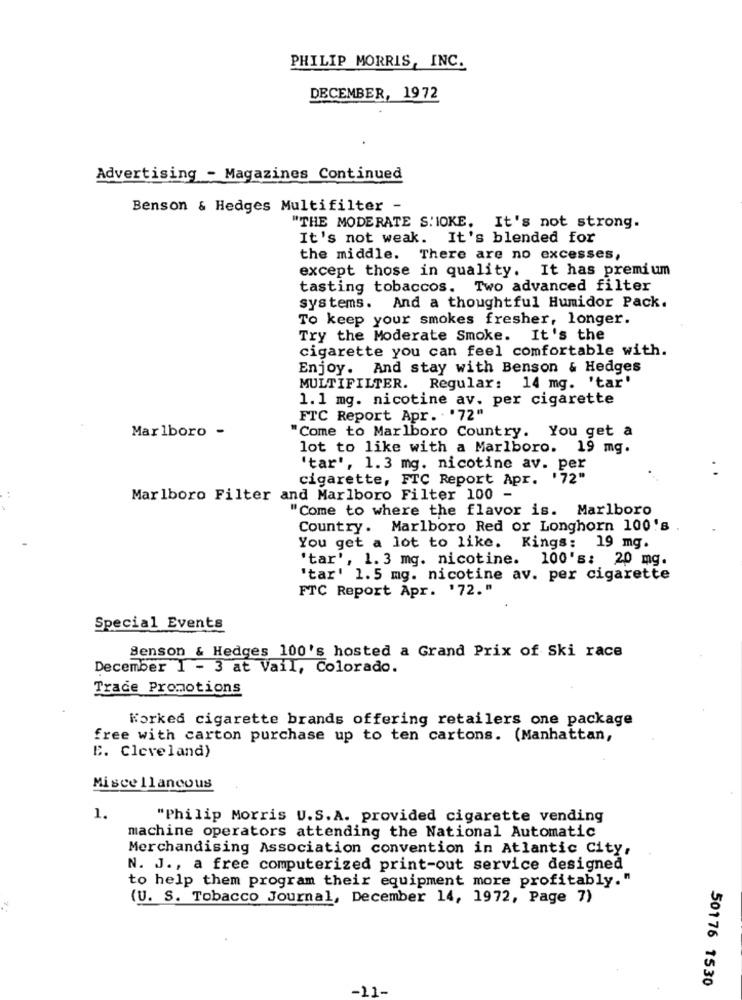
PHILIP MORRIS, INC.
DECEMBER, 1972
Advertising - Magazines Continued
Benson & Hedges Multifilter -
"THE MODERATE S'IOKE, It's not strong.
It's not weak. It's blended for
the middle. There are no excesses,
except those in quality. It has premium
tasting tobaccos. Two advanced filter
systems. And a thoughtful Humidor Pack.
To keep your smokes fresher, longer.
Try the Moderate Smoke. It's the
cigarette you can feel comfortable with.
Enjoy. And stay with Benson & Hedges
MULTIFILTER. Regular: 14 mg. 'tar'
1.1 mg. nicotine av. per cigarette
FTC Report Apr. . '72"
Marlboro -
"Come to Marlboro Country. You get a
lot to like with a Marlboro. 19 mg.
'tar', 1.3 mg. nicotine av. per
cigarette, FTC Report Apr. '72"
Marlboro Filter and Marlboro Filter 100 -
"Come to where the flavor is. Marlboro
Country. Marlboro Red or Longhorn 100's
You get a lot to like. Kings: 19 mg.
'tar', 1. 3 mg. nicotine. 100's: 20 mg.
'tar' 1.5 mg. nicotine av. per cigarette
FTC Report Apr. '72."
Special Events
Benson & Hedges 100's hosted a Grand Prix of Ski race
December 1 - 3 at Vail, Colorado.
Trace Promotions
Worked cigarette brands offering retailers one package
free with carton purchase up to ten cartons. (Manhattan,
E. Cleveland)
Miscellaneous
1.
"Philip Morris U.S.A. provided cigarette vending
machine operators attending the National Automatic
Merchandising Association convention in Atlantic City,
N. J ., a free computerized print-out service designed
to help them program their equipment more profitably."
(U. S. Tobacco Journal, December 14, 1972, Page 7)
50176 1530
-11-